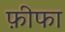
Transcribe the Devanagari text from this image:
फ़ीफा